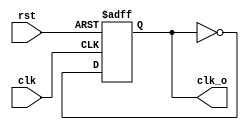
`timescale 1ns / 1ps
//////////////////////////////////////////////////////////////////////////////////
// Company: 
// Engineer: 
// 
// Design Name: 
// Module Name: ClkDiv
// Project Name: 
// Target Devices: 
// Tool Versions: 
// Description: 
// 
// Dependencies: 
// 
// Revision:
// Revision 0.01 - File Created
// Additional Comments:
// 
//////////////////////////////////////////////////////////////////////////////////


module ClkDiv(input clk, input rst, output reg clk_o);

always @(posedge clk, posedge rst) begin
    if(rst)
        clk_o = 1'b1;
    else
        clk_o = ~clk_o;
end
endmodule